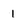
Character: 1